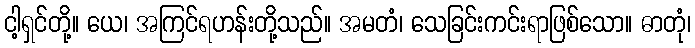
ငါ့ရှင်တို့။ ယေ၊ အကြင်ရဟန်းတို့သည်။ အမတံ၊ သေခြင်းကင်းရာဖြစ်သော။ ဓာတုံ၊